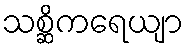
သစ္ဆိကရေယျာ